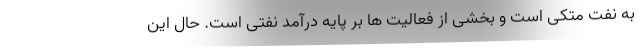
به نفت متکی است و بخشی از فعالیت ها بر پایه درآمد نفتی است. حال این